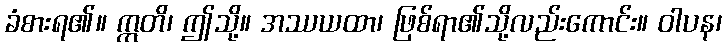
ခံစားရ၏။ ဣတိ၊ ဤသို့။ အဿယထာ၊ ဖြစ်ရာ၏သို့လည်းကောင်း။ ဝါပန၊